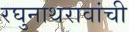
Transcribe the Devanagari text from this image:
रघुनाथरावांची